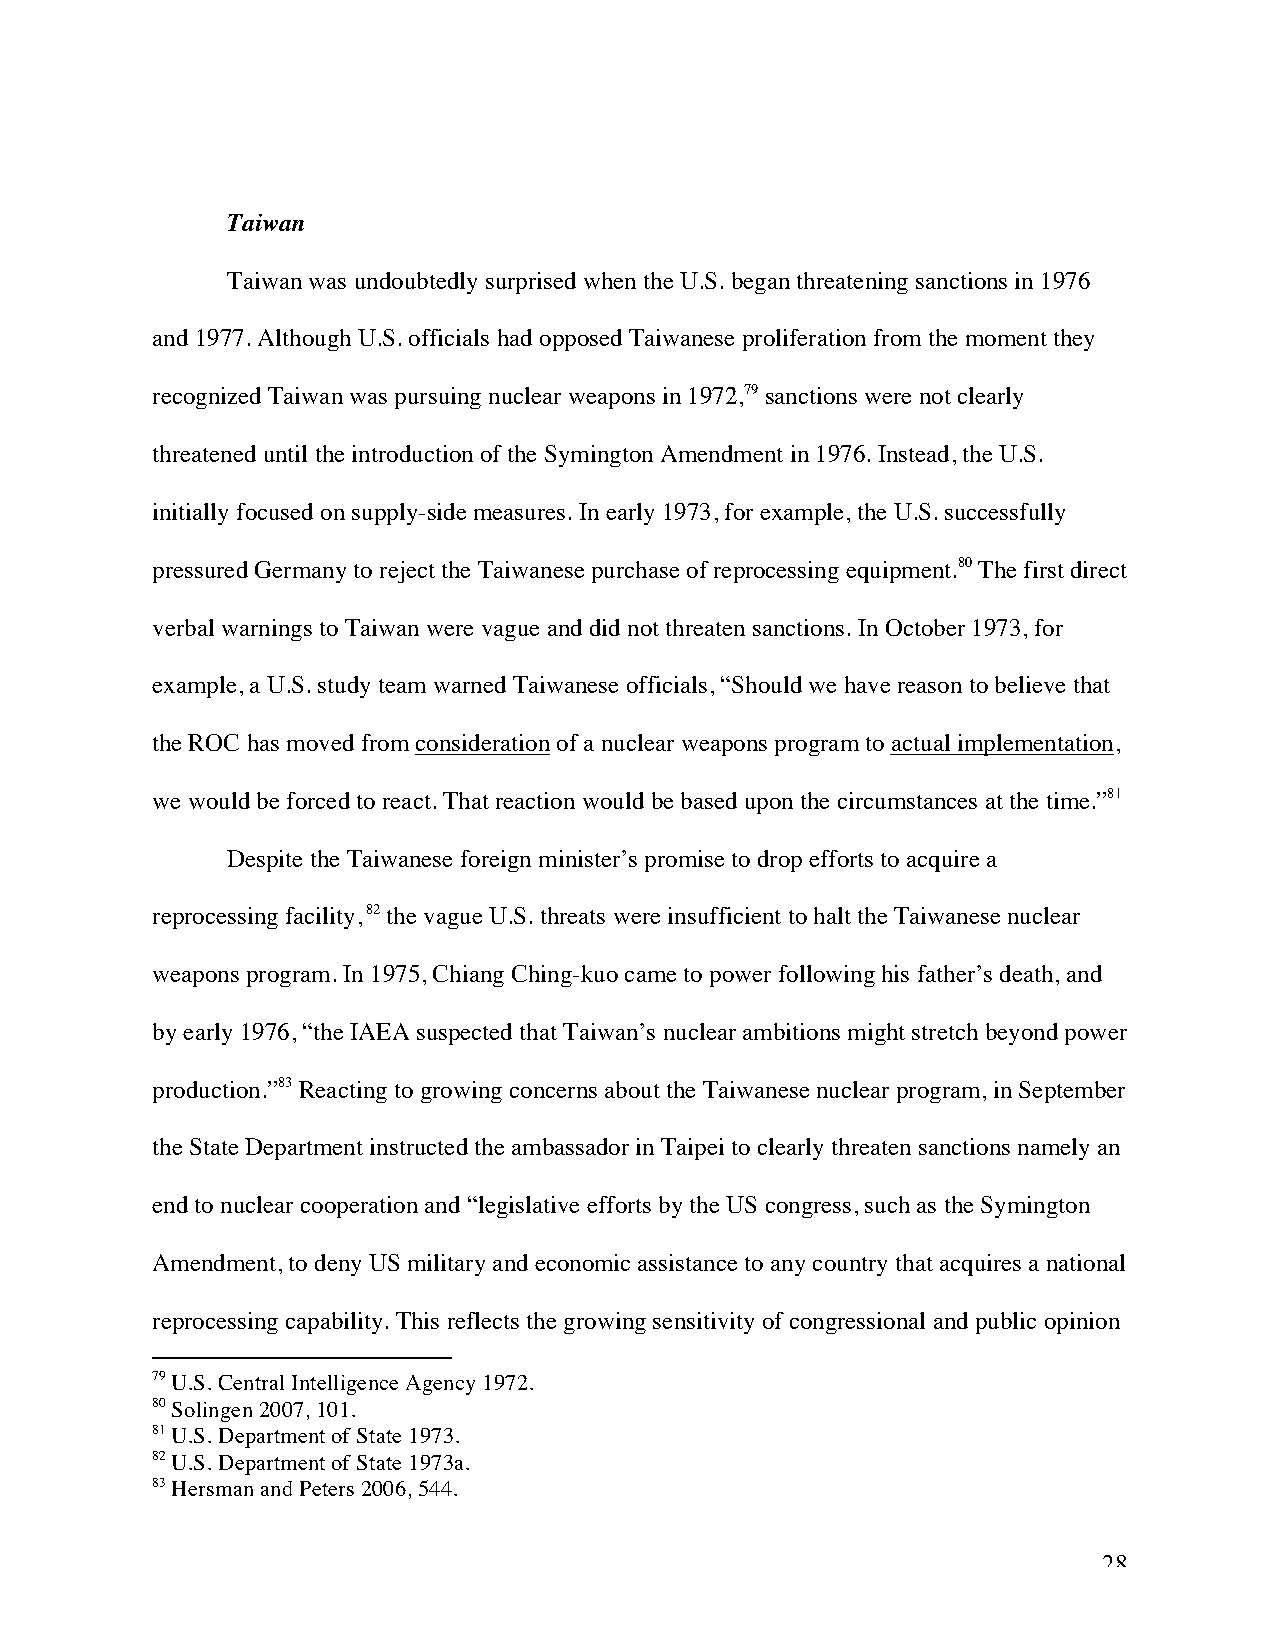
Taiwan
 Taiwan was undoubtedly surprised when the U.S. began threatening sanctions in 1976
 and 1977. Although U.S. officials had opposed Taiwanese proliferation from the moment they
 recognized Taiwan was pursuing nuclear weapons in 1972,79 sanctions were not clearly
 threatened until the introduction of the Symington Amendment in 1976. Instead, the U.S.
 initially focused on supply-side measures. In early 1973, for example, the U.S. successfully
 pressured Germany to reject the Taiwanese purchase of reprocessing equipment.80 The first direct
 verbal warnings to Taiwan were vague and did not threaten sanctions. In October 1973, for
 example, a U.S. study team warned Taiwanese officials, “Should we have reason to believe that
 the ROC has moved from consideration of a nuclear weapons program to actual implementation,
 we would be forced to react. That reaction would be based upon the circumstances at the time.”81
 Despite the Taiwanese foreign minister’s promise to drop efforts to acquire a
 reprocessing facility, 82 the vague U.S. threats were insufficient to halt the Taiwanese nuclear
 weapons program. In 1975, Chiang Ching-kuo came to power following his father’s death, and
 by early 1976, “the IAEA suspected that Taiwan’s nuclear ambitions might stretch beyond power
 production.”83 Reacting to growing concerns about the Taiwanese nuclear program, in September
 the State Department instructed the ambassador in Taipei to clearly threaten sanctions namely an
 end to nuclear cooperation and “legislative efforts by the US congress, such as the Symington
 Amendment, to deny US military and economic assistance to any country that acquires a national
 reprocessing capability. This reflects the growing sensitivity of congressional and public opinion
 79 U.S. Central Intelligence Agency 1972.
 80 Solingen 2007, 101.
 81 U.S. Department of State 1973.
 82 U.S. Department of State 1973a.
 83 Hersman and Peters 2006, 544.
 28